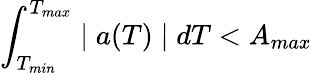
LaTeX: \int_{T_{min}}^{T_{max}}\mid a(T)\mid dT<A_{max}